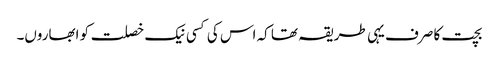
بچت کا صرف یہی طریقہ تھا کہ اس کی کسی نیک خصلت کو ابھاروں۔